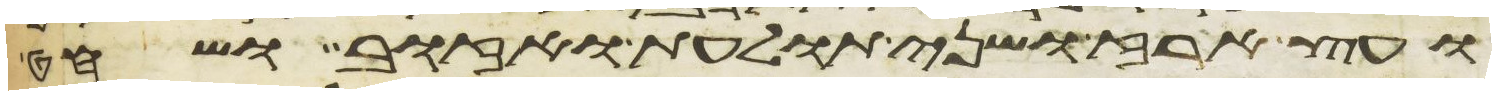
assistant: ועץ ארז ושני תולעת ואזוב ושחט